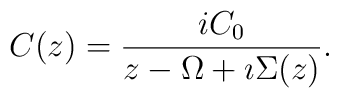
C(z) = \frac{i C_0}{z-\Omega +\imath\Sigma (z)}.